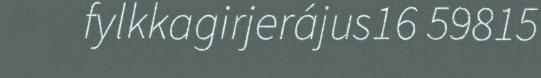
fylkkagirjerájus16 59815